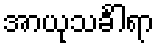
အာယုသင်္ခါရာ